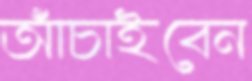
আঁচাইবেন